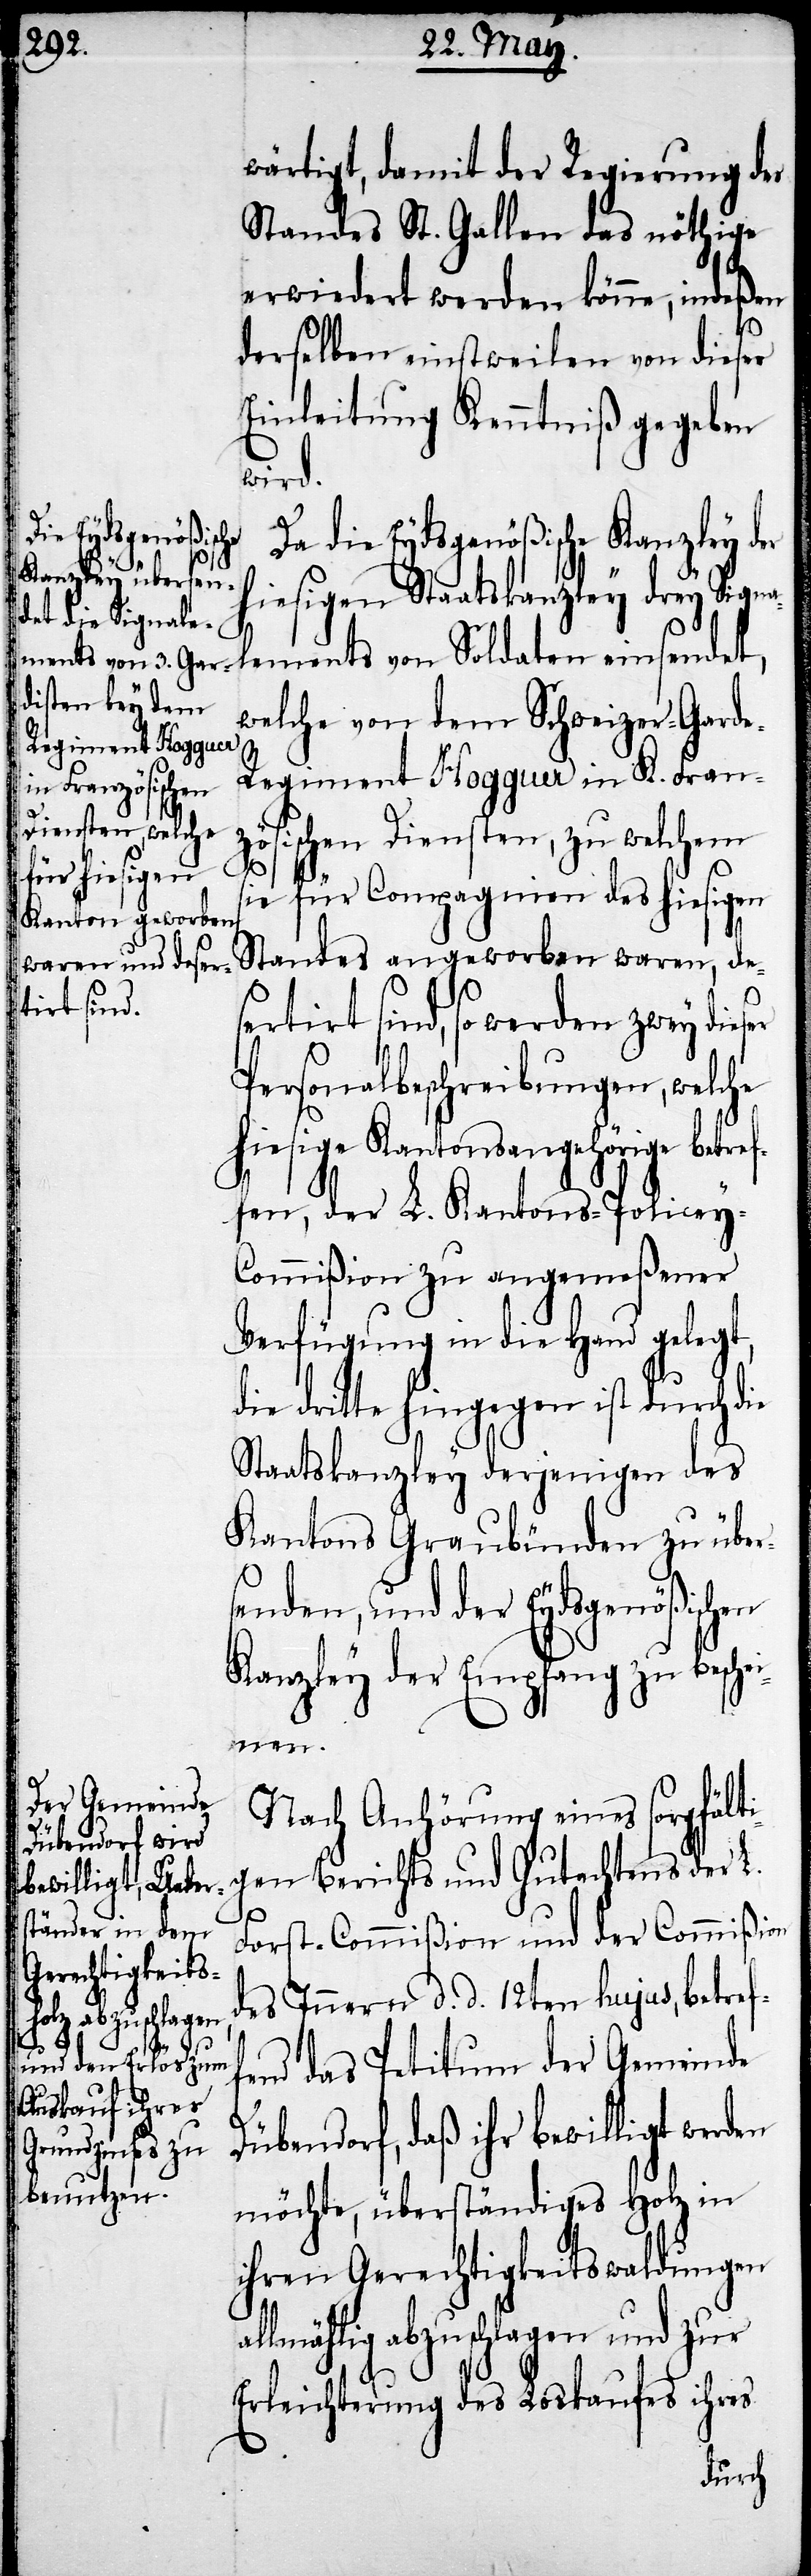
wärtigt, damit der Regierung des
Standes St. Gallen das nöthige
erwiedert werden könne, indeßen
derselben einstweilen von dieser
Einleitung Kenntniß gegeben
wird.
Da die Eydsgenößische Kanzley der
hiesigen Staatskanzley drey Signa¬
lements von Soldaten einsendet,
welche von dem Schweizer-Gard¬
e-Regiment Hogguer in K. Franz¬
ösischen Diensten, zu welchem
sie für Compagnien des hiesigen
Standes angeworben waren, de¬
sertirt sind, so werden zwey dies¬
Personalbeschreibungen, welche
hiesige Kantonsangehörige betr¬
effen, der L. Kantons-Policey-C¬
ommißion zu angemeßener
Verfügung in die Hand gelegt,
die dritte hingegen ist durch die
Staatskanzley derjenigen des
Kantons Graubünden zu über¬
senden, und der Eydsgenößischen
Kanzley der Empfang zu besche¬
fe¬
Nach Anhörung eines sorgfälti¬
gen Berichts und Gutachtens der L.
Forst-Commißion und der Commißion
des Innern d. d. 12ten hujus, betref¬
nd das Petitum der Gemeinde
Dübendorf, daß ihr bewilligt werden
möchte, überständiges Holz in
ihren Gerchtigkeitswaldungen
allmählig abzuschlagen und zur
Erleichterung des Loskaufes ihres